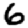
Digit: 6